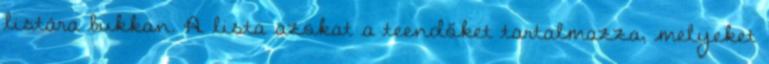
listára bukkan. A lista azokat a teendőket tartalmazza, melyeket